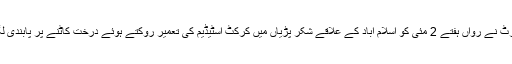
سپریم کورٹ نے رواں ہفتے 2 مئی کو اسلام آباد کے علاقے شکر پڑیاں میں کرکٹ اسٹیڈیم کی تعمیر روکتے ہوئے درخت کاٹنے پر پابندی لگادی تھی۔